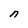
Character: n